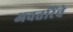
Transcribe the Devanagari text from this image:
अवतरिंचे